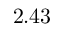
2 . 4 3